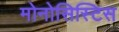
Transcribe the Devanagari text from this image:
मोनोसिस्टिस